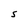
Character: S